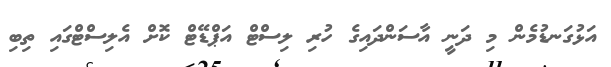
އަޅުގަނޑުމެން މި ދަނީ އާސަންދައިގެ ހުރިި ލިސްޓް އަޕްޑޭޓް ކޮށް އެލިސްޓްގައި ތިބި